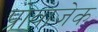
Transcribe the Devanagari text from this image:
प्रोवाजेक